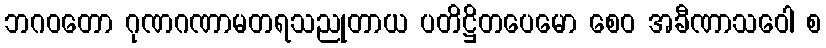
ဘဂဝတော ဂုဏဂဏာမတရသညုတာယ ပတိဋ္ဌိတပေမော စေဝ အခီဏာသဝေါ စ